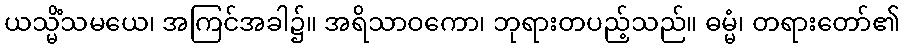
ယသ္မိံသမယေ၊ အကြင်အခါ၌။ အရိသာဝကော၊ ဘုရားတပည့်သည်။ ဓမ္မံ၊ တရားတော်၏